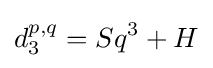
d_{3}^{p,q}=Sq^{3}+H